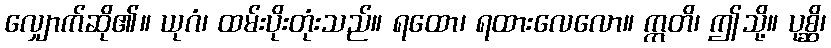
လျှောက်ဆို၏။ ယုဂံ၊ ထမ်းပိုးတုံးသည်။ ရထော၊ ရထားလေလော။ ဣတိ၊ ဤသို့။ ပုစ္ဆိ၊